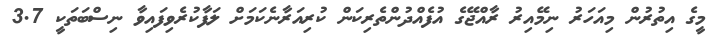
މީގެ އިތުރުން މިއަހަރު ނިމޭއިރު ރާއްޖޭގެ އުފެއްދުންތެރިކަން ކުރިއަރާނެކަމަށް ލަފާކުރެވިފައިވާ ނިސްބަތަކީ 3.7